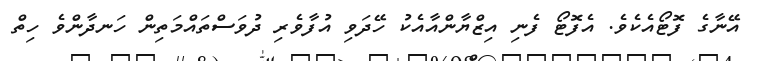
އޭނާގެ ފޮޓޯއެކެވެ. އެފޮޓޯ ފެނި އިޒްޔާންއާއެކު ހޭދަވި އުފާވެރި ދުވަސްތައްމަތިން ހަނދާންވެ ހިތް